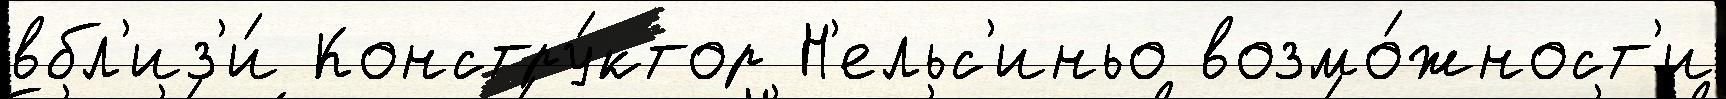
вбл'из'и́ Констру́ктор Н'ельс'иньо возмо́жност'и